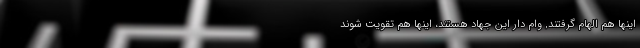
اینها هم الهام گرفتند, وام دار این جهاد هستند، اینها هم تقویت شوند